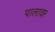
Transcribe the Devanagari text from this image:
पालावर